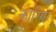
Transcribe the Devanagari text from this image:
कारिगर